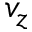
v _ { z }